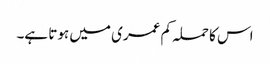
اس کا حملہ کم عمری میں ہوتا ہے۔